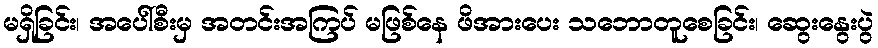
မရှိခြင်း၊ အပေါ်စီးမှ အတင်းအကြပ် မဖြစ်နေ ဖိအားပေး သဘောတူစေခြင်း၊ ဆွေးနွေးပွဲ